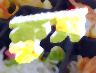
ক্রুস